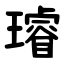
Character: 璿